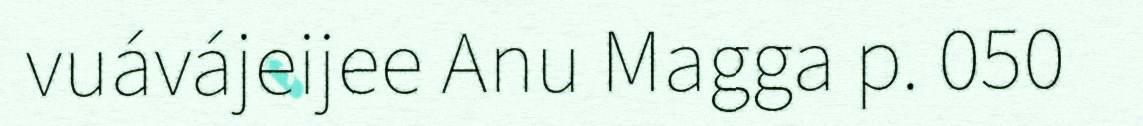
vuávájeijee Anu Magga p. 050